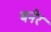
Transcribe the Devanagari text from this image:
बनेर